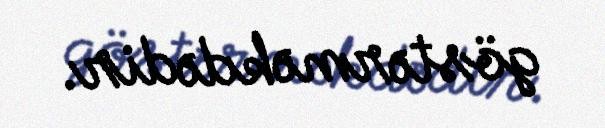
göstərməkdədir.